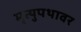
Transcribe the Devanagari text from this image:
मृत्युपथावर